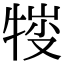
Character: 𤚈